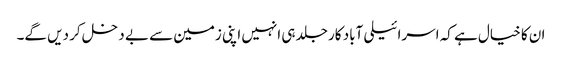
ان کا خیال ہے کہ اسرائیلی آباد کار جلد ہی انہیں اپنی زمین سے بے دخل کر دیں گے۔